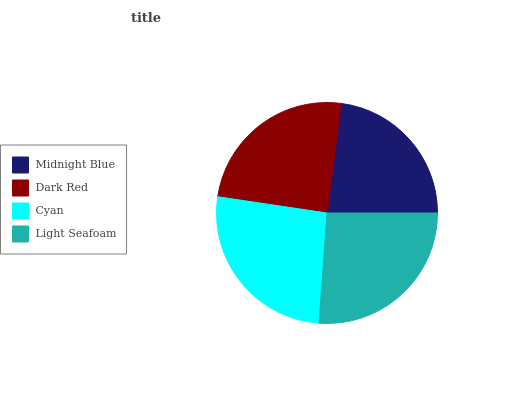
| Midnight Blue | Dark Red | Cyan | Light Seafoam |
 | --- | --- | --- | --- |
 | 22.9% | 24.7% | 26.3% | 26.1% |